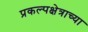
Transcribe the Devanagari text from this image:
प्रकल्पक्षेत्राच्या